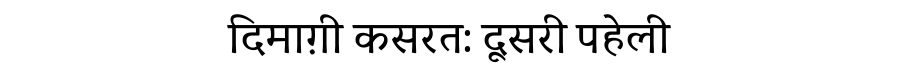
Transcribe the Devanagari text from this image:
दिमाग़ी कसरत: दूसरी पहेली